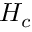
{ { \cal { H } } _ { c } }